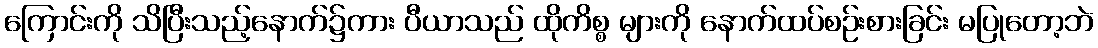
ကြောင်းကို သိပြီးသည့်နောက်၌ကား ပီယာသည် ထိုကိစ္စ များကို နောက်ထပ်စဉ်းစားခြင်း မပြုတော့ဘဲ